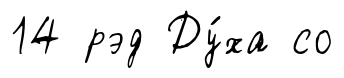
14 рэд Ду́ха со